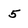
Character: 5